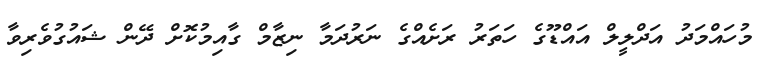
މުހައްމަދު އަދްލީލް އައްޑޫގެ ހަތަރު ރަށެއްގެ ނަރުދަމާ ނިޒާމް ގާއިމުކޮށް ދޭން ޝައުގުވެރިވާ